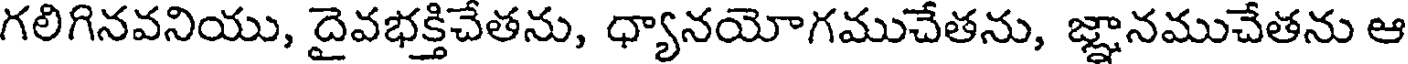
గలిగినవనియు, దైవభక్తిచేతను, ధ్యానయోగముచేతను, జ్ఞానముచేతను ఆ